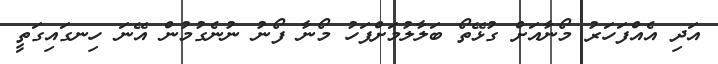
އަދި އެއްފަހަރު މޯނާއަށް ގުޅޭތޯ ބަލާލުމަށްފަހު މޯނާ ފޯނު ނުނެގުމުން އޭނަ ހިނގައިގަތީ